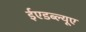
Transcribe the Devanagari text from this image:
ईएडब्ल्यूए